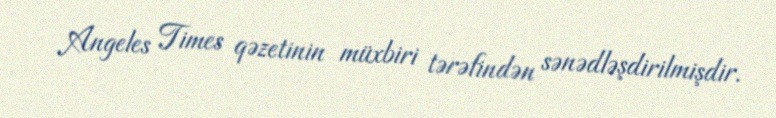
Angeles Times qəzetinin müxbiri tərəfindən sənədləşdirilmişdir.